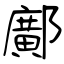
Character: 鄺